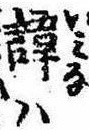
諱は